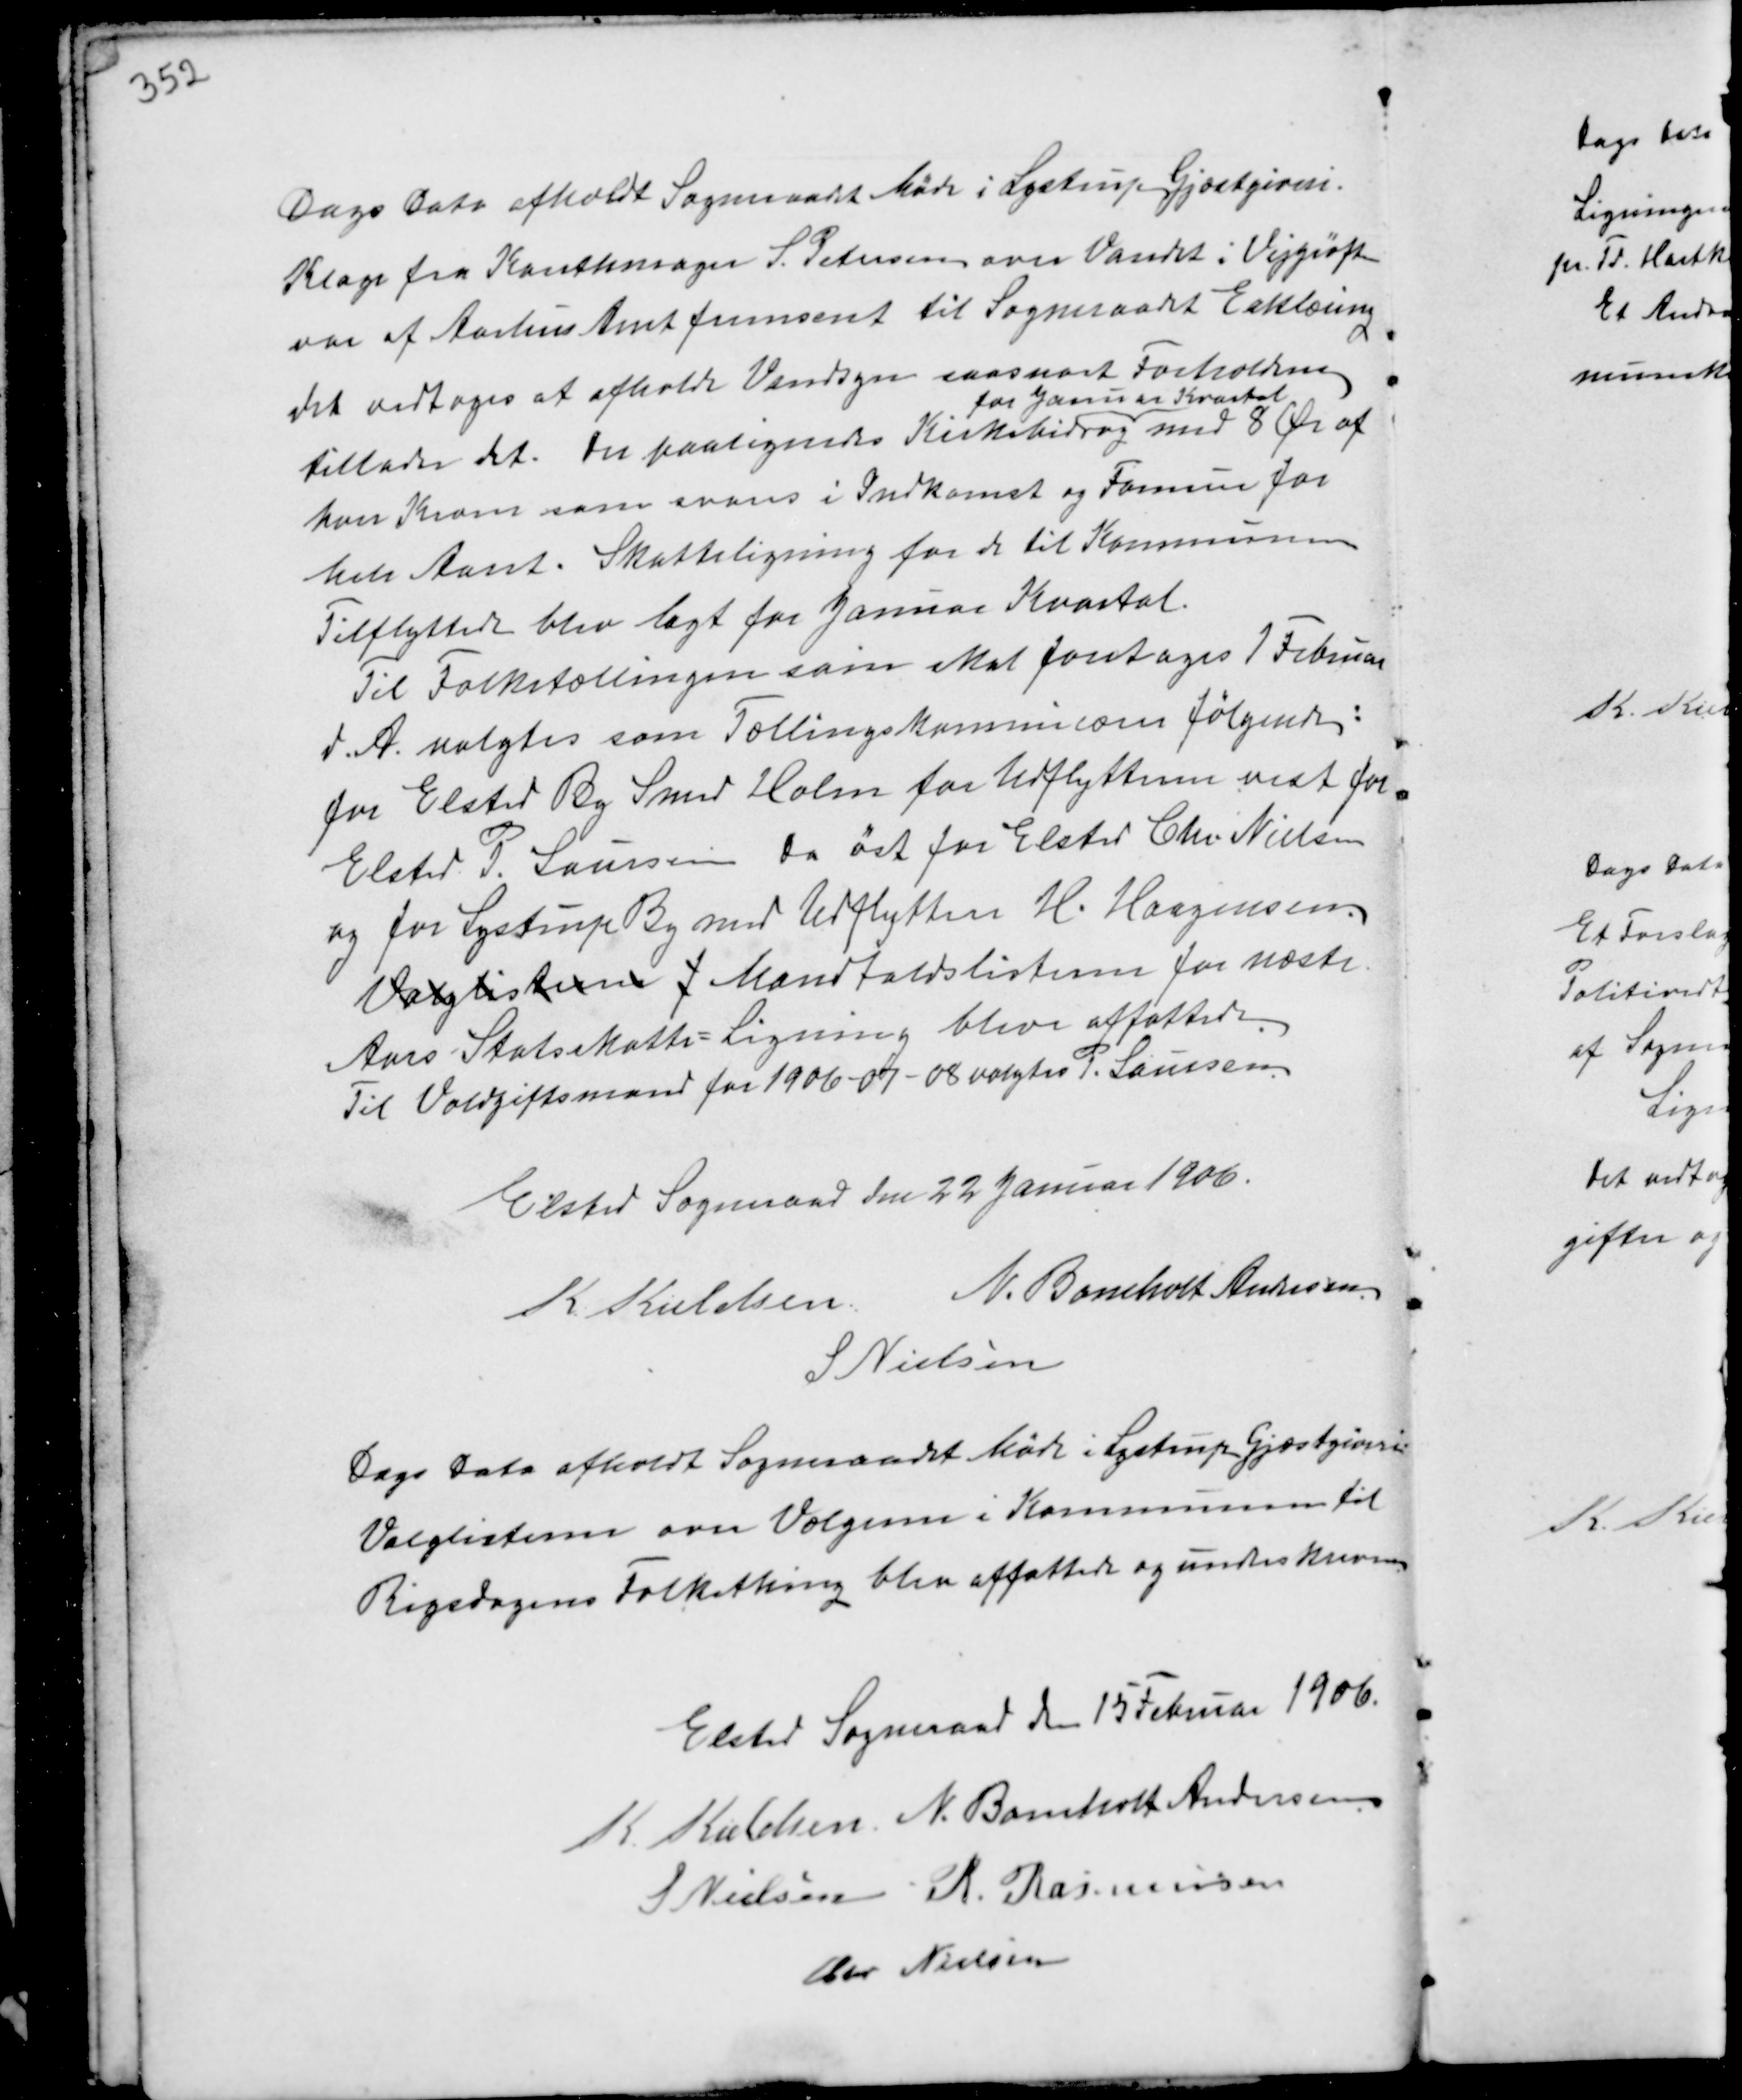
Transskription:
Dags Dato afholdt Sogneraadet Møde i Lystrup Gjæstgiveri.
Klage fra Karetmager S. Petersen over Vandet i Vejgrøften
var af Aarhus Amt fremsent til Sogneraadet Erklæring
det vedtoges at afholde Vandsyn saasnart Forholdene
tillader det. Der paalignedes Kirkebidrag
for Januar Kvartal
med 8 Ør af
hver Krone som svares i Indkomst og Formue for
hele Aaret. Skatteligning for de til Kommunen
Tilflyttede blev lagt for Januar Kvartal.
Til Folketællingen som skal foretages 1 Februar
d.A. valgtes som Folketællingskommisærer følgende:
for Elsted By Smed Holm for Udflytterne vest for
Elsted P. Laursen. Da øst for Elsted Chr. Nielsen
og for Lystrup By med Udflytten H. Haagensen.
Valglisterne f Mandtaldslisterne for næste
Aars Statsskatte-Ligning blev affattet.
Til Voldgiftsmand for 1906-07-08 valgtes P. Laursen.

Elsted Sogneraade den 22 Januar 1906.
K. Kieldsen N. Bomholt Andersen
S Nielsen

Dags Dato afholdt Sogneraadet Møde i Lystrup Gjæstgiveri.
Valglisterne over Vælgerne i Kommunen til
Rigsdagens Folkething blev affattede og underskreven.

Elsted Sogneraad den 15 Februar 1906.
K Kieldsen N. Bomholt Andersen
S Nielsen R. Rasmussen
Chr Nielsen